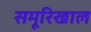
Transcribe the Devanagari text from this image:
समूरिखाल